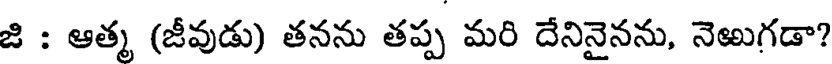
జి : ఆత్మ (జీవుడు) తనను తప్ప మరి దేనినైనను, నెఱుగడా?